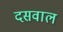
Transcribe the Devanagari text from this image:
दसवाल